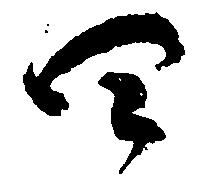
四